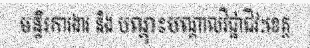
មន្ទីរការងារ និង បណ្តុះបណ្តាលវិជ្ជាជីវៈខេត្ត